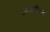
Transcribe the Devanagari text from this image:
अन्यविज्ञानों